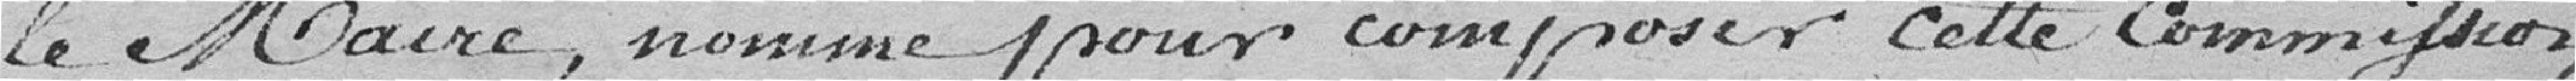
la maire, nomme pour composer cette commission